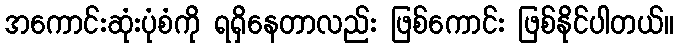
အကောင်းဆုံးပုံစံကို ရရှိနေတာလည်း ဖြစ်ကောင်း ဖြစ်နိုင်ပါတယ်။